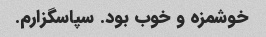
خوشمزه و خوب بود. سپاسگزارم.